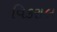
વિકરાલ